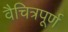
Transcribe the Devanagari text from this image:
वैचित्रपूर्ण